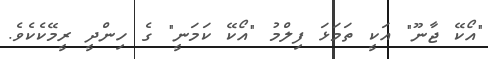
"އޯކޭ ޖާނޫ" އަކީ ތަމަޅަ ފިލްމު "އޯކޭ ކަމަނީ" ގެ ހިންދީ ރީމޭކެކެވެ.